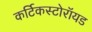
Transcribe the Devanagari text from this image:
कर्टिकस्टोरॉयड